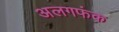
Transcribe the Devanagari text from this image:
अलगफंक